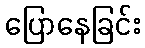
ပြောနေခြင်း